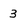
Character: 3